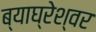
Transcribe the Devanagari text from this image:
ब्याघ्रेश्वर